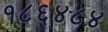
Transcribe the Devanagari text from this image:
१८६४८४